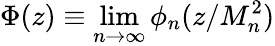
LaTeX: \Phi(z)\equiv\operatorname*{lim}_{n\rightarrow\infty}\phi_{n}(z/M_{n}^{2})